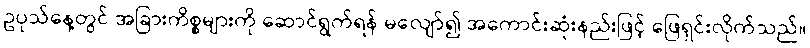
ဥပုသ်နေ့တွင် အခြားကိစ္စများကို ဆောင်ရွက်ရန် မလျော်၍ အကောင်းဆုံးနည်းဖြင့် ဖြေရှင်းလိုက်သည်။